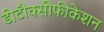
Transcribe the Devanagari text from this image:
डीटौक्सीफीकेशन